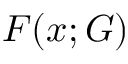
F ( x ; G )